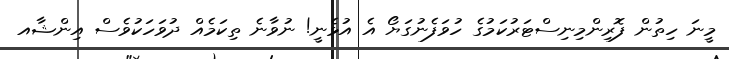
މީނަ ހިތުން ފޮރިންމިނިސްޓަރުކަމުގެ ހުވަފެނުގަޔޯ އެ އުޅެނީ! ނުވާނެ ތިކަމެއް ދުވަހަކުވެސް އިންޝާއ